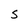
Character: s